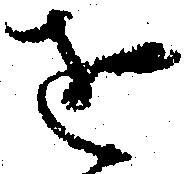
を